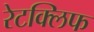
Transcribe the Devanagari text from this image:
रेटक्लिफ